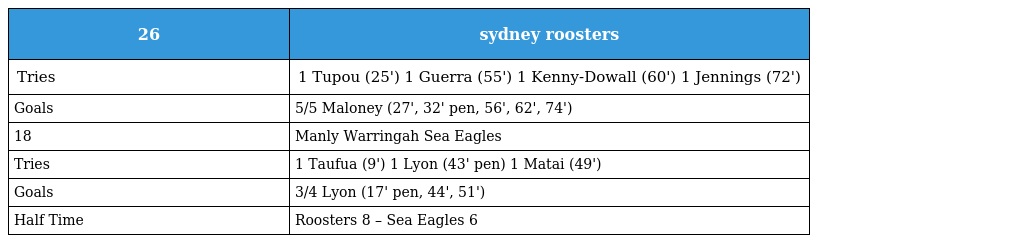
| 26 | sydney roosters |
 | --- | --- |
 | Tries | 1 Tupou (25') 1 Guerra (55') 1 Kenny-Dowall (60') 1 Jennings (72') |
 | Goals | 5/5 Maloney (27', 32' pen, 56', 62', 74') |
 | 18 | Manly Warringah Sea Eagles |
 | Tries | 1 Taufua (9') 1 Lyon (43' pen) 1 Matai (49') |
 | Goals | 3/4 Lyon (17' pen, 44', 51') |
 | Half Time | Roosters 8 – Sea Eagles 6 |